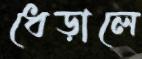
ধেড়ালে